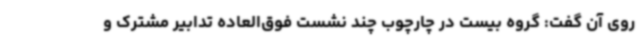
روی آن گفت: گروه بیست در چارچوب چند نشست فوق‌العاده تدابیر مشترک و